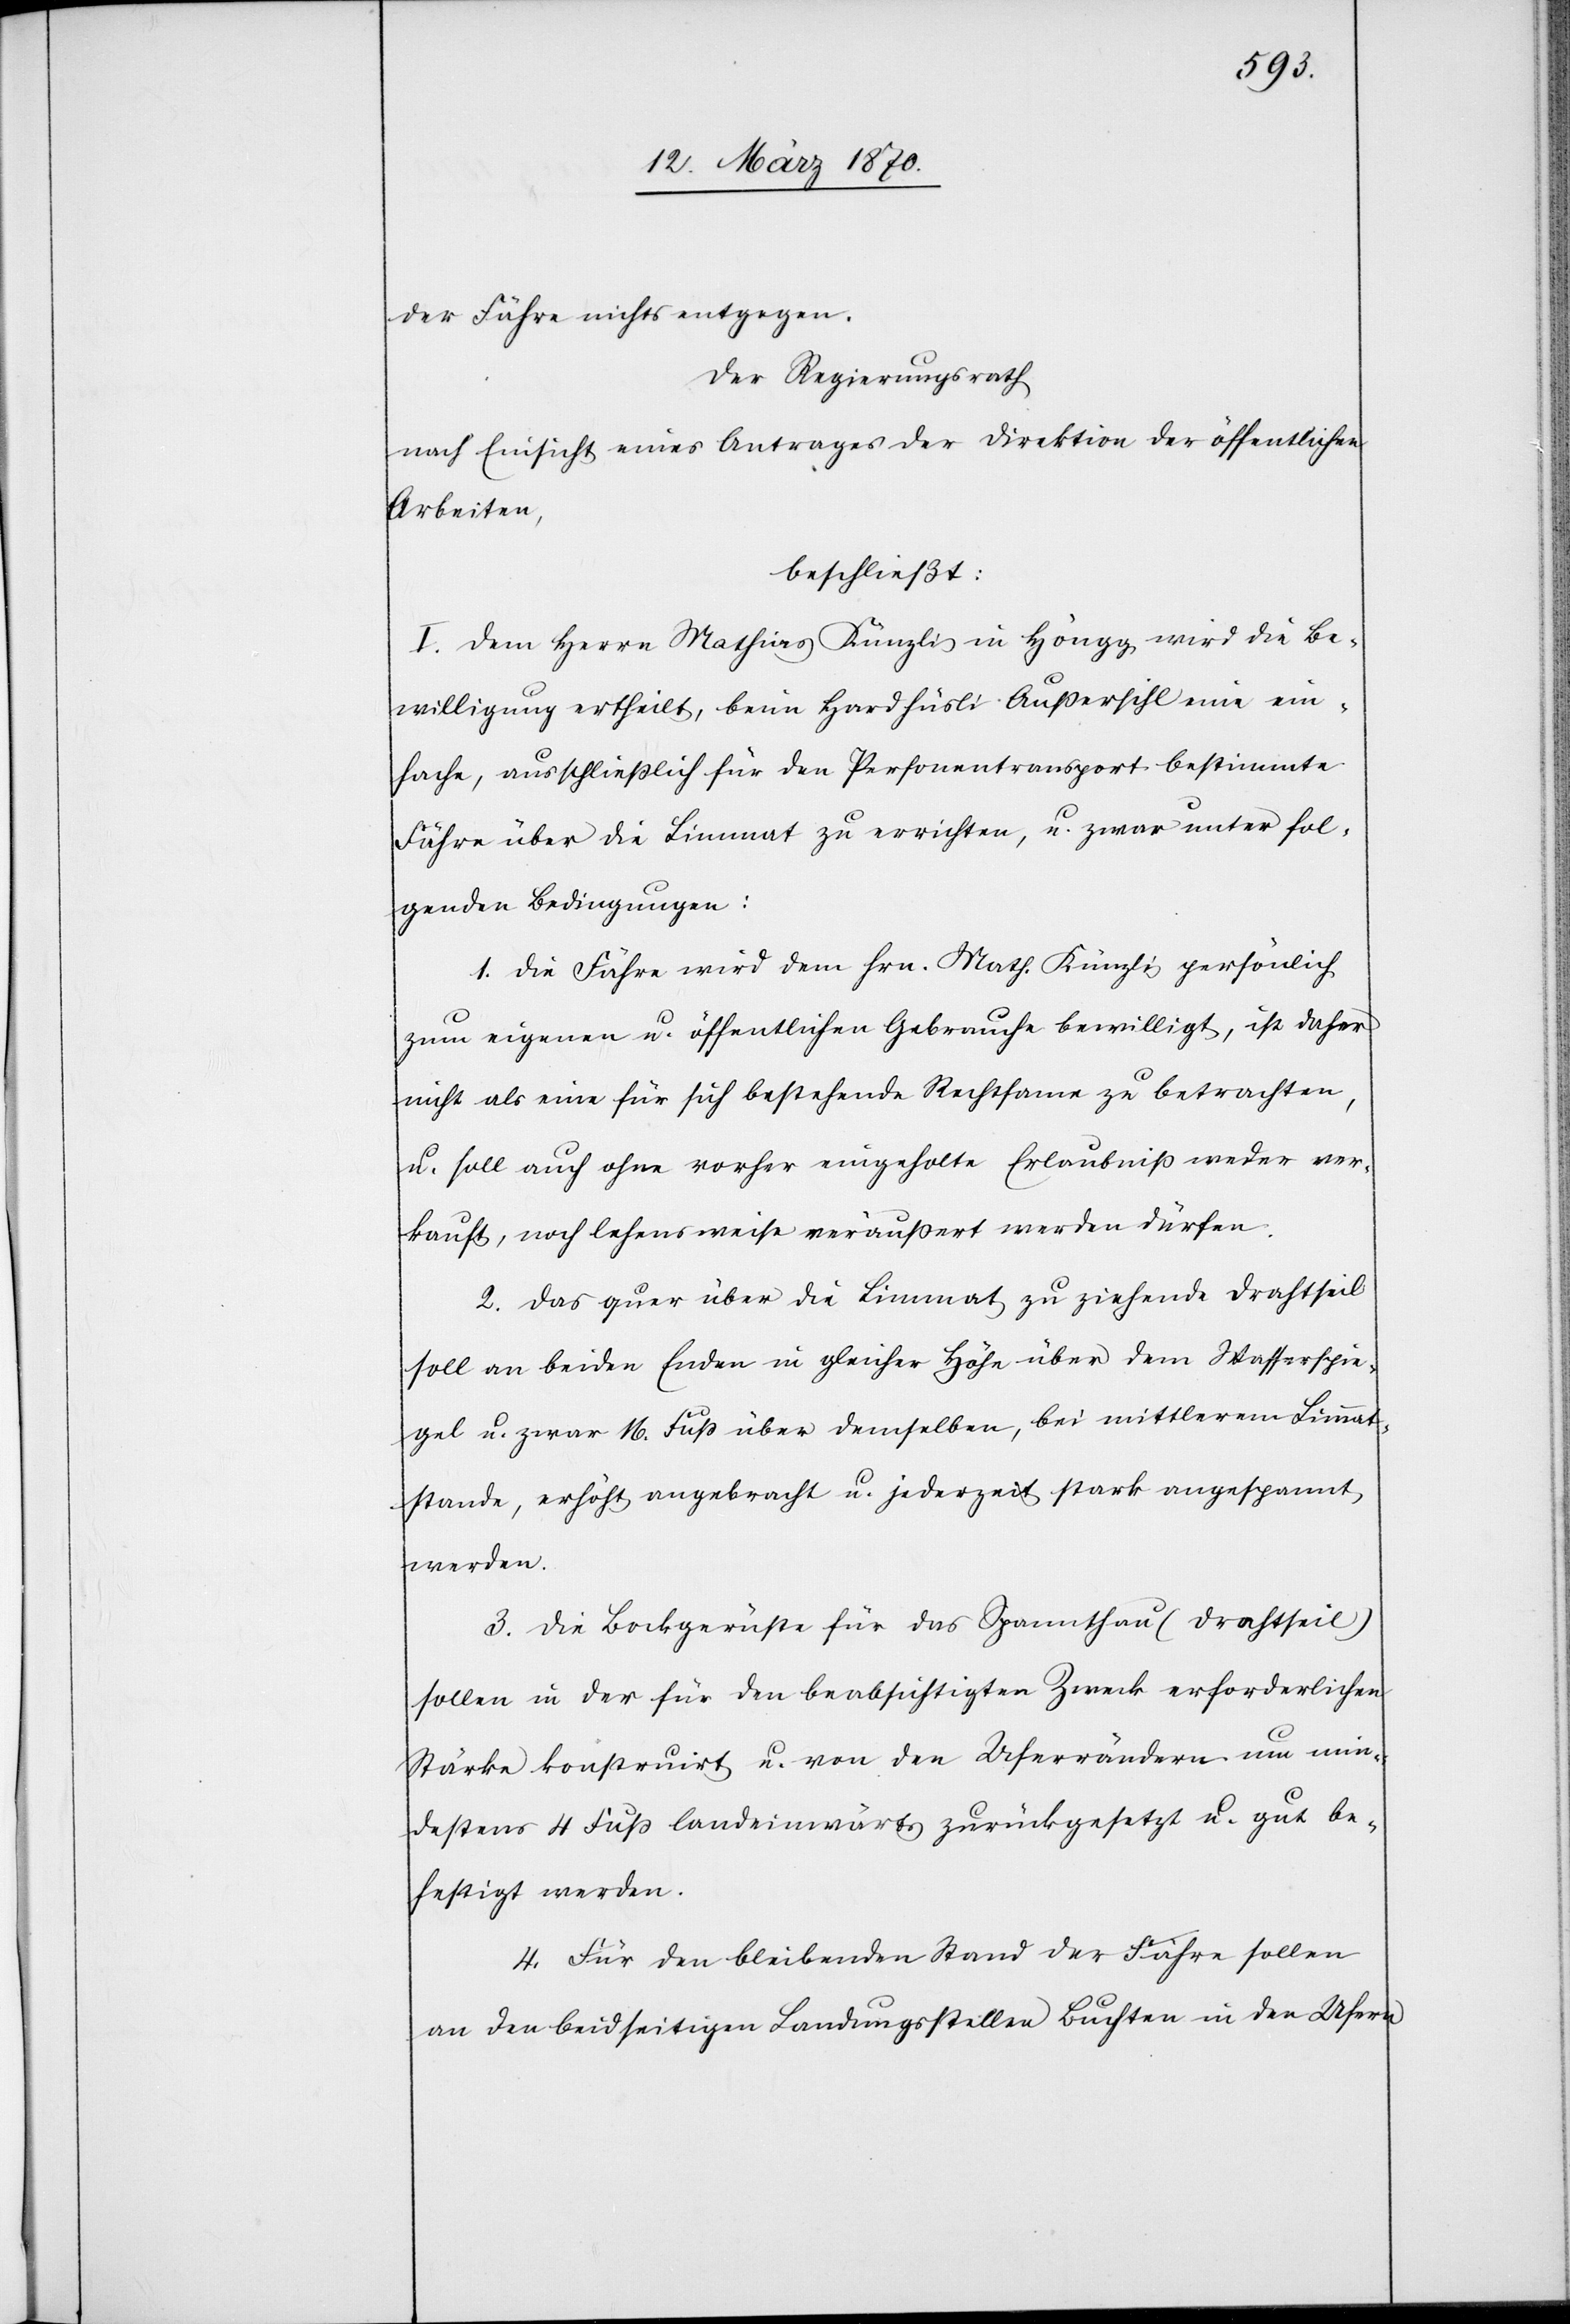
der Fähre nichts entgegen.
Der Regierungsrath
nach Einsicht eines Antrages der Direktion der öffentlichen
Arbeiten,
beschließt:
I. Dem Herrn Mathias Künzli in Höngg wird die Be¬
willigung ertheilt, beim Hardhüsli Außersihl eine ein¬
fache, ausschließlich für den Personentransport bestimmte
Fähre über die Limmat zu errichten, u. zwar unter fol¬
genden Bedingungen:
1. Die Fähre wird dem Hrn. Math. Künzli persönlich
zum eigenen u. öffentlichen Gebrauche bewilligt, ist daher
nicht als eine für sich bestehende Rechtsame zu betrachten
u. soll auch ohne vorher eingeholte Erlaubniß werder ver¬
kauft, noch lehensweise veräußert werden dürfen.
2. Das quer über die Limmat zu ziehende Drahtseil
soll an beiden Enden in gleicher Höhe über dem Wasserspie¬
gel u. zwar 16. Fuß über demselben, bei mittlerem Limmat¬
stande, erhöht angebracht werden u. jederzeit stark angespannt
werden.
3. Die Bockgerüste für das Spannthau (Drahtseil)
sollen in der für den beabsichtigten Zweck erforderlichen
Stärke konstruirt u. von den Uferrändern um min¬
destens 4 Fuß landeinwärts zurückgesetzt u. gut be¬
festigt werden.
4. Für den bleibenden Stand der Fähre sollen
an den beidseitigen Landungsstellen Buchten in den Ufern